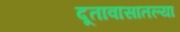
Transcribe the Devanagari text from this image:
दूतावासातल्या